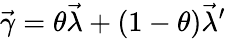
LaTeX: {\vec{\gamma}}=\theta{\vec{\lambda}}+(1-\theta){\vec{\lambda}}^{\prime}